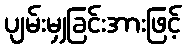
ပျမ်းမျှခြင်းအားဖြင့်